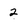
Character: 2